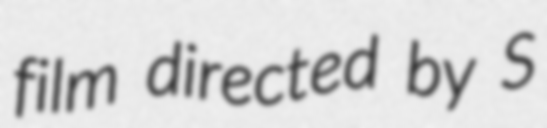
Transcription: film directed by S